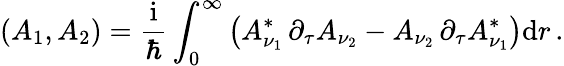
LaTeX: \left(A_{1},A_{2}\right)=\frac{\mathrm{i}}{\hbar}\int_{0}^{\infty}\left(A_{\nu_{1}}^{*}\, \partial_{\tau}A_{\nu_{2}}-A_{\nu_{2}}\, \partial_{\tau}A_{\nu_{1}}^{*}\right)\mathrm{d}r\, .